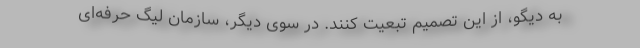
به دیگو، از این تصمیم تبعیت کنند. در سوی دیگر، سازمان لیگ حرفه‌ای